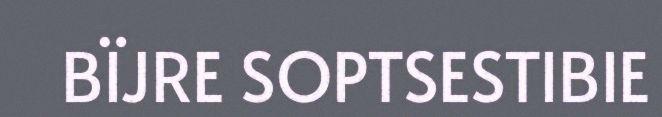
BÏJRE SOPTSESTIBIE